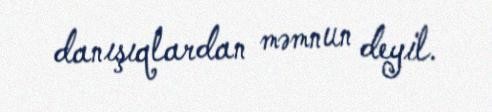
danışıqlardan məmnun deyil.